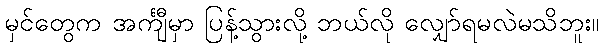
မှင်တွေက အင်္ကျီမှာ ပြန့်သွားလို့ ဘယ်လို လျှော်ရမလဲမသိဘူး။